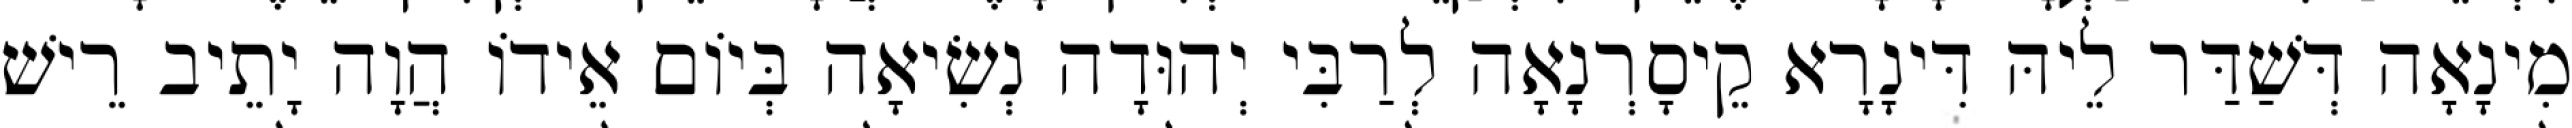
מִינָאָה דְּשַׁדַּר לֵיהּ דִּינָרָא קֵיסָרְנָאָה לְרַבִּי יְהוּדָה נְשִׂיאָה בְּיוֹם אֵידוֹ הֲוָה יָתֵיב רֵישׁ